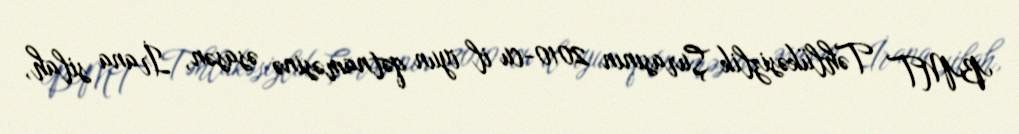
BMT Təhlükəsizlik Şurasının 2010-cu il iyun qətnaməsinə əsasən, İrana silah,